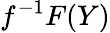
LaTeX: f^{-1}F(Y)